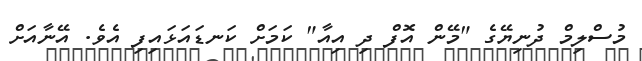
މުސްލިމް ދުނިޔޭގެ "މޭން އޮފް ދި އިއާ" ކަމަށް ކަނޑައަޅައިފި އެވެ. އޭނާއަށް